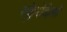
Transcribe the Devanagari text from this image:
स्क्लेरोदेर्मा